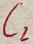
Text: C2